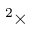
^ 2 \times